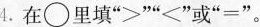
4.在\bigcirc 里填”≥””≤”或”=”。